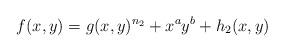
LaTeX: \begin{align*}f(x,y)=g(x,y)^{n_2}+ x^a y^b+h_2(x,y)\end{align*}